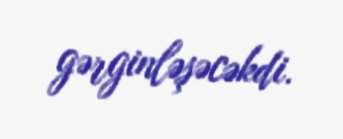
gərginləşəcəkdi.